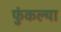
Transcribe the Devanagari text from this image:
फुंकल्या